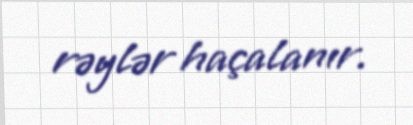
rəylər haçalanır.